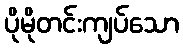
ပိုမိုတင်းကျပ်သော